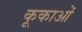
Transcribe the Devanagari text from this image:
कूकाओं